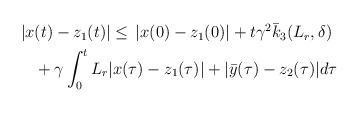
LaTeX: \begin{align*}\begin{aligned}|x&(t)-z_1(t)| \le \,|x(0)-z_1(0)| + t\gamma^2 \bar{k}_3(L_r,\delta) \\&+ \gamma \int_0^tL_r|x(\tau)-z_1(\tau)| + |\bar{y}(\tau)-z_2(\tau)|d\tau\end{aligned}\end{align*}